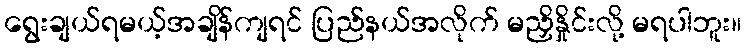
ရွေးချယ်ရမယ့်အချိန်ကျရင် ပြည်နယ်အလိုက် မညှိနှိုင်းလို့ မရပါဘူး။